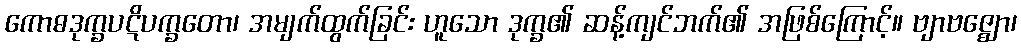
ကောဓဒုက္ခပဋိပက္ခတော၊ အမျက်ထွက်ခြင်း ဟူသော ဒုက္ခ၏ ဆန့်ကျင်ဘက်၏ အဖြစ်ကြောင့်။ ဗျာဗဇ္ဈော၊